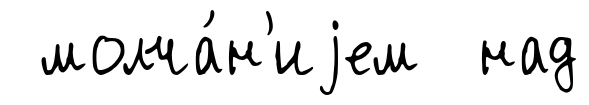
молча́н'иjем над